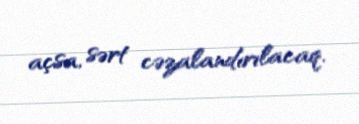
açsa, sərt cəzalandırılacaq.